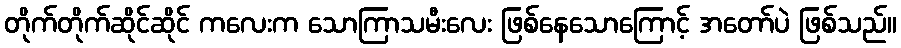
တိုက်တိုက်ဆိုင်ဆိုင် ကလေးက သောကြာသမီးလေး ဖြစ်နေသောကြောင့် အတော်ပဲ ဖြစ်သည်။